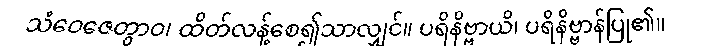
သံဝေဇေတွာဝ၊ ထိတ်လန့်စေ၍သာလျှင်။ ပရိနိဗ္ဗာယိ၊ ပရိနိဗ္ဗာန်ပြု၏။